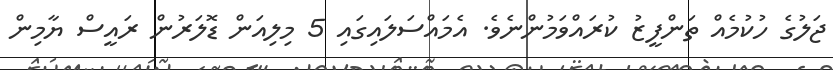
ޖަލުގެ ހުކުމެއް ތަންފީޒު ކުރައްވަމުންނެެވެ. އެމައްސަލައިގައި 5 މިލިއަން ޑޮލަރުން ރައީސް ޔާމިން